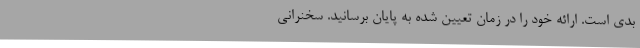
بدی است. ارائه خود را در زمان تعیین شده به پایان برسانید. سخنرانی